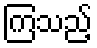
ကြသည့်